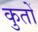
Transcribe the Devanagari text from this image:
कुतों